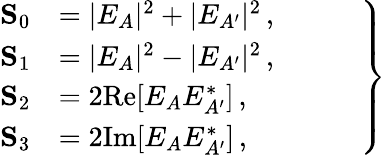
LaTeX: \left.\begin{array}{rl}{\mathbf{S}_{0}}&{=|E_{A}|^{2}+|E_{A^{\prime}}|^{2}\, ,\phantom{ZZZZ}}\\ {\mathbf{S}_{1}}&{=|E_{A}|^{2}-|E_{A^{\prime}}|^{2}\, ,}\\ {\mathbf{S}_{2}}&{=2\mathrm{Re}[E_{A}E_{A^{\prime}}^{\ast}]\, ,}\\ {\mathbf{S}_{3}}&{=2\mathrm{Im}[E_{A}E_{A^{\prime}}^{\ast}]\, ,}\end{array}\right\}